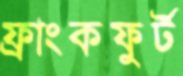
ফ্রাংকফুর্ট